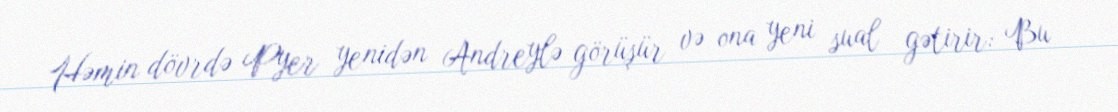
Həmin dövrdə Pyer yenidən Andreylə görüşür və ona yeni sual gətirir: Bu